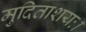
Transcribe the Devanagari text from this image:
मुदिताशयः।